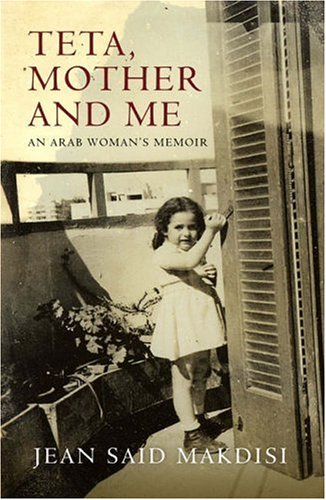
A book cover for Teta, Mother and Me; Jean Said Makdisi       ; History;